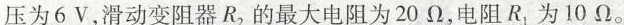
压为6V，滑动变阻器 R_{2}的最大电阻为20Ω，电阻 R_{1} 为10Ω。